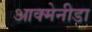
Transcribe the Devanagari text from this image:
आक्मेनीडा